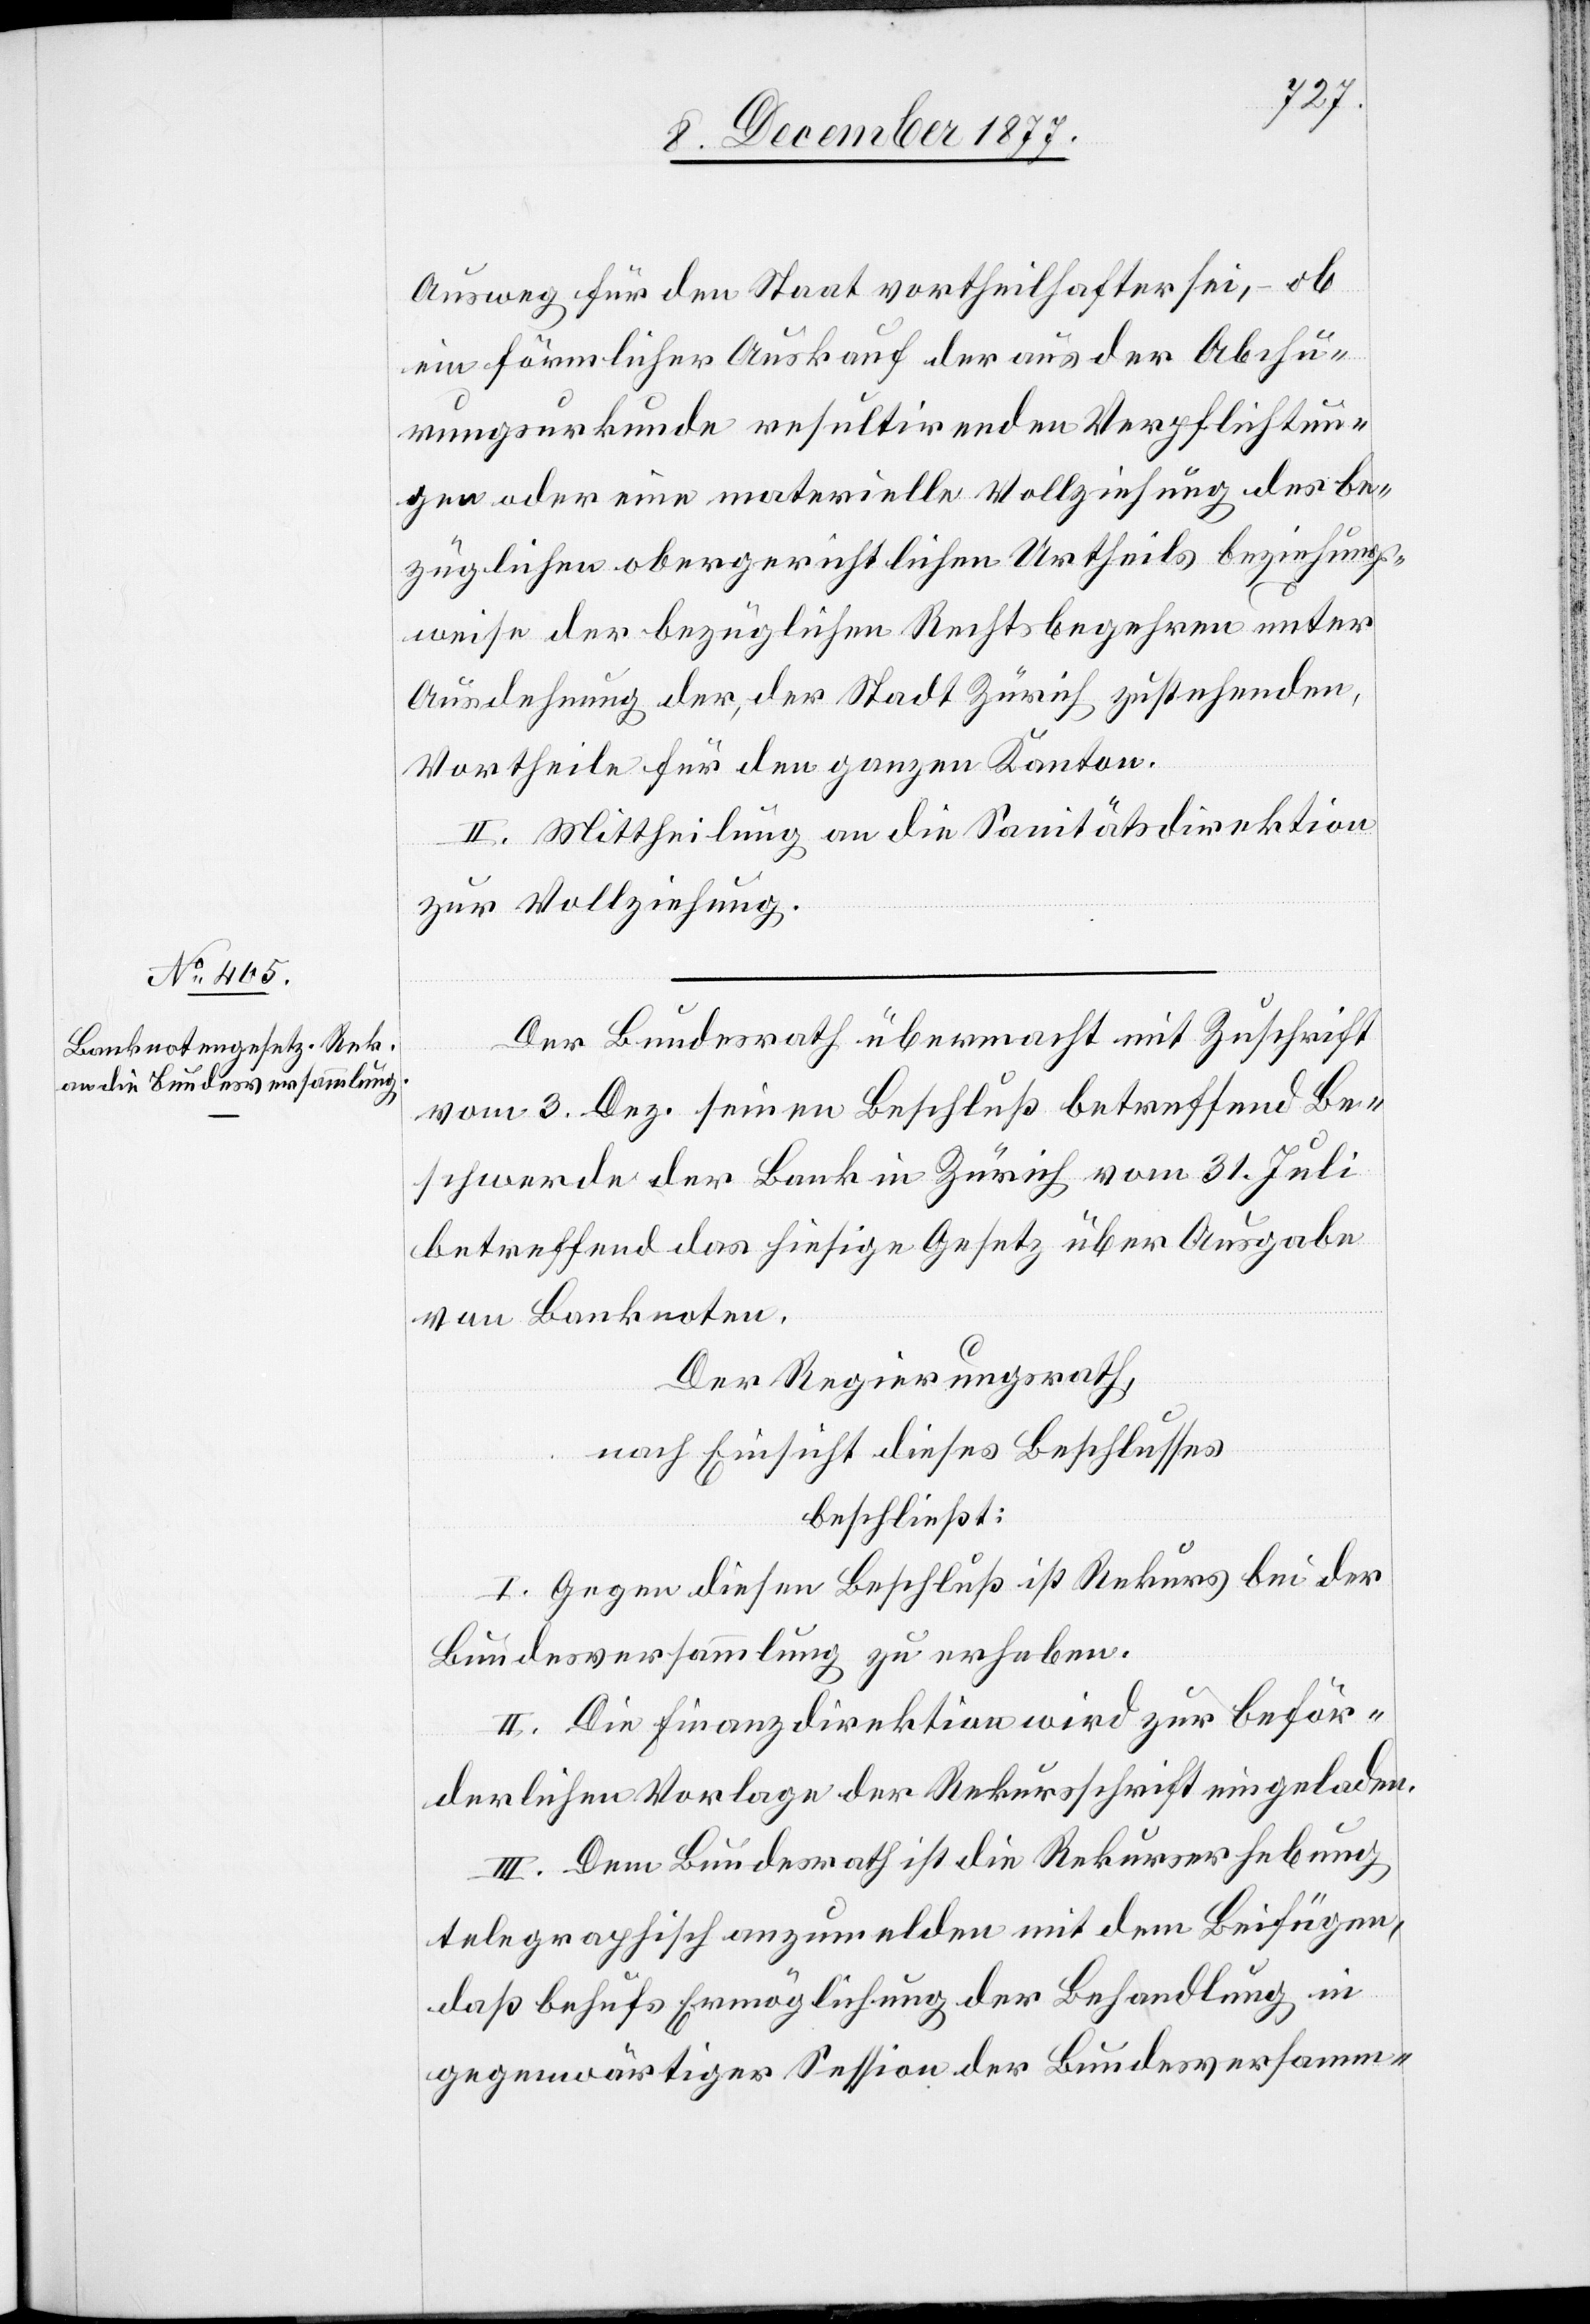
Ausweg für den Staat vortheilhafter sei, – ob
ein förmlicher Auskauf der aus der Abchu¬
rungsurkunde resultirenden Verpflichtun¬
gen oder eine materielle Vollziehung des be¬
züglichen obergerichtlichen Urtheils beziehungs¬
weise der bezüglichen Rechtsbegehren unter
Ausdehnung der, der Stadt Zürich zustehenden,
Vortheile für den ganzen Kanton.
II. Mittheilung an die Sanitätsdirektion
zur Vollziehung.
Der Bundesrath übermacht mit Zuschrift
vom 3. Dez. seinen Beschluß betreffend Be¬
schwerde der Bank in Zürich vom 31. Juli
betreffend das hiesige Gesetz über Ausgabe
von Banknoten.
Der Regierungsrath,
nach Einsicht dieses Beschlusses
beschließt:
I. Gegen diesen Beschluß ist Rekurs bei der
Bundesversammlung zu erheben.
II. Die Finanzdirektion wird zur beför¬
derlichen Vorlage der Rekursschrift eingeladen.
III. Dem Bundesrath ist die Rekurserhebung
telegraphisch anzumelden mit dem Beifügen,
daß behufs Ermöglichung der Behandlung in
gegenwärtiger Session der Bundesversamm-